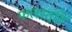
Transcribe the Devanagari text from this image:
फलस्तुति